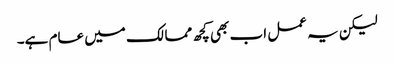
لیکن یہ عمل اب بھی کچھ ممالک میں عام ہے۔